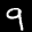
Label: 9